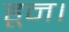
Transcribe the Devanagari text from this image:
हून।